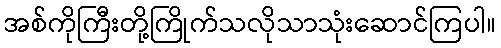
အစ်ကိုကြီးတို့ကြိုက်သလိုသာသုံးဆောင်ကြပါ။